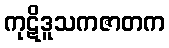
ကုဋိဒူသကဇာတက